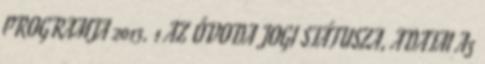
PROGRAMJA 2013. 1 AZ ÓVODA JOGI STÁTUSZA, ADATAI Az